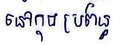
នៅក្នុងប្រព័ន្ធ